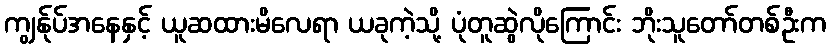
ကျွန်ုပ်အနေနှင့် ယူဆထားမိလေရာ ယခုကဲ့သို့ ပုံတူဆွဲလိုကြောင်း ဘိုးသူတော်တစ်ဦးက